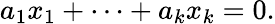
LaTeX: a_{1}x_{1}+\cdots+a_{k}x_{k}=0.